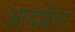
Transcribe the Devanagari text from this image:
आदर्शता